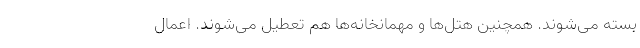
بسته می‌شوند. همچنین هتل‌ها و مهمانخانه‌ها هم تعطیل می‌شوند. اعمال